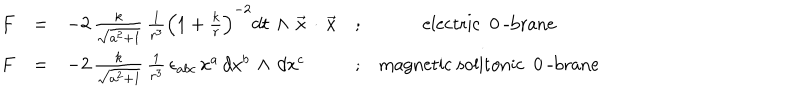
LaTeX: \begin{array} { r c l c c } { { F } } & { { = } } & { { - 2 \, \frac { k } { \sqrt { a ^ { 2 } + 1 } } \, \frac { 1 } { r ^ { 3 } } \left( 1 + \frac { k } { r } \right) ^ { - 2 } d t \, \wedge \, { \vec { x } } \, \cdot \, { \vec { x } } } } & { { ; } } & { { \mathrm { e l e c t r i c ~ 0 ~ - b r a n e } } } \\ { { { F } } } & { { = } } & { { - 2 \, \frac { k } { \sqrt { a ^ { 2 } + 1 } } \, \frac { 1 } { r ^ { 3 } } \, \epsilon _ { a b c } \, x ^ { a } \, d x ^ { b } \, \wedge \, d x ^ { c } } } & { { ; } } & { { \mathrm { m a g n e t i c ~ s o l i t o n i c ~ 0 ~ - b r a n e } } } \\ \end{array}